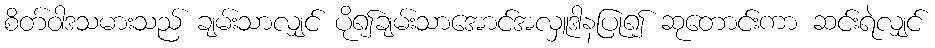
စိတ်ဝါဒသမားသည် ချမ်းသာလျှင် ပို၍ချမ်းသာအောင်အလှူဒါနပြု၍ ဆုတောင်းကာ ဆင်းရဲလျှင်